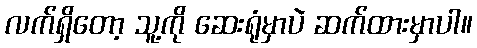
လက်ရှိတော့ သူ့ကို ဆေးရုံမှာပဲ ဆက်ထားမှာပါ။